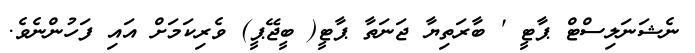
ނެޝަނަލިސްޓް ޕާޓީ ' ބާރަތިޔާ ޖަނަތާ ޕާޓީ( ބީޖޭޕީ) ވެރިކަަމަށް އައި ފަހުންނެވެ.